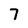
Character: 7